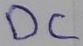
Text: DC